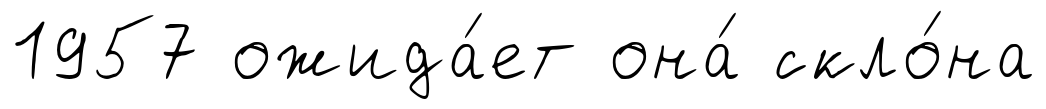
1957 ожида́ет она́ скло́на